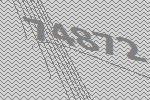
74872